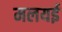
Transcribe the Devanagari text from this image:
मलयई